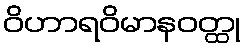
ဝိဟာရဝိမာနဝတ္ထု